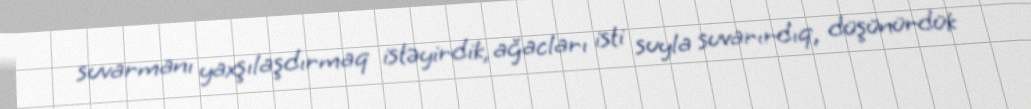
suvarmanı yaxşılaşdırmaq istəyirdik, ağacları isti suyla suvarırdıq, düşünürdük